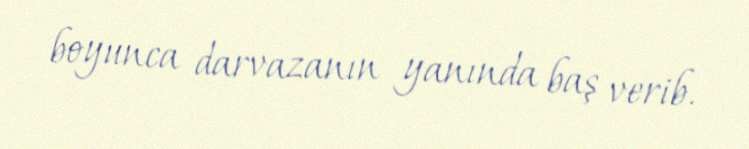
boyunca darvazanın yanında baş verib.